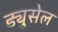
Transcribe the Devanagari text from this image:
ड्युसेल